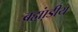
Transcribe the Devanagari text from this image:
ब्रह्म़ा़ंडीय